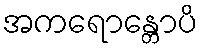
အကရောန္တောပိ